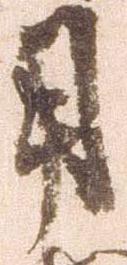
用